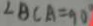
\angle B C A = 9 0 ^ { \circ }